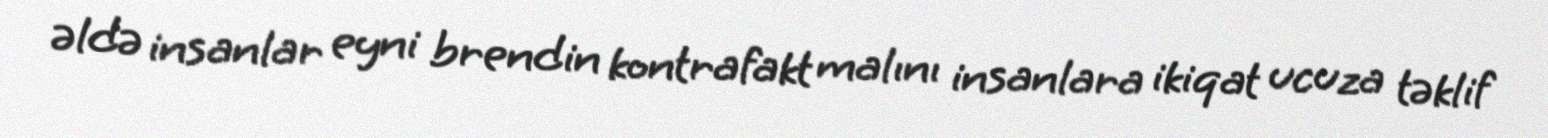
əldə insanlar eyni brendin kontrafakt malını insanlara ikiqat ucuza təklif